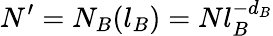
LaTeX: N^{\prime}=N_{B}(l_{B})=Nl_{B}^{-d_{B}}